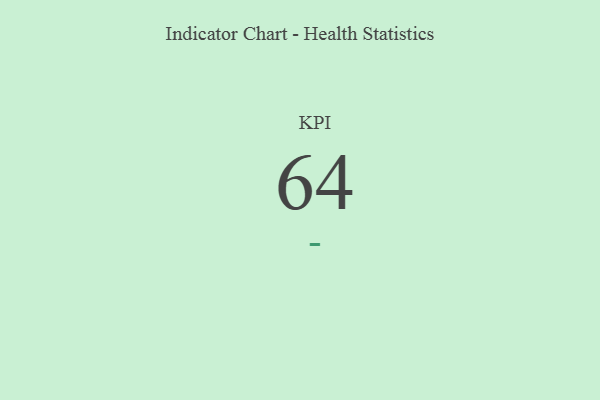
{"axis": {"x": "KPI", "y": "Value"}, "legend": [""], "data": [{"x": "KPI", "y": 64, "type": ""}]}